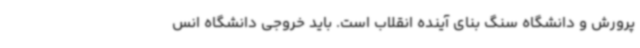
پرورش و دانشگاه سنگ بنای آینده انقلاب است. باید خروجی دانشگاه انس